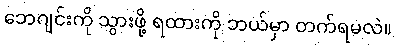
ဘေဂျင်းကို သွားဖို့ ရထားကို ဘယ်မှာ တက်ရမလဲ။